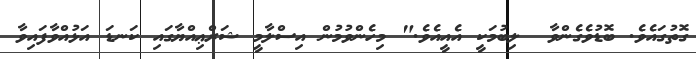
ގޮތުގައެވެ. ބޮޑުވެގެންވާ  ލިބުމަކީ އެއީއެވެ." މިހެންވުމުން އިސްލާމީ ޝަރްޢިއްޔާގައި ކަނޑަ އަޅުއްވާފައިވާ